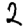
Digit: 2